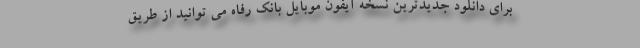
برای دانلود جدیدترین نسخه آیفون موبایل بانک رفاه می توانید از طریق